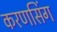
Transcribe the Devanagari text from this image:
करणसिंग